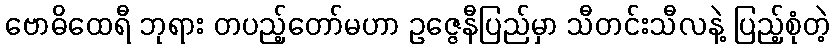
ဗောဓိထေရီ ဘုရား တပည့်တော်မဟာ ဥဇ္ဇေနီပြည်မှာ သီတင်းသီလနဲ့ ပြည့်စုံတဲ့